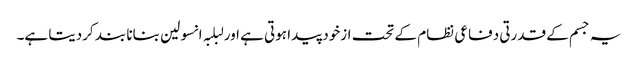
یہ جسم کے قدرتی دفاعی نظام کے تحت ازخود پیدا ہوتی ہے اور لبلبہ انسولین بنانا بند کردیتا ہے۔